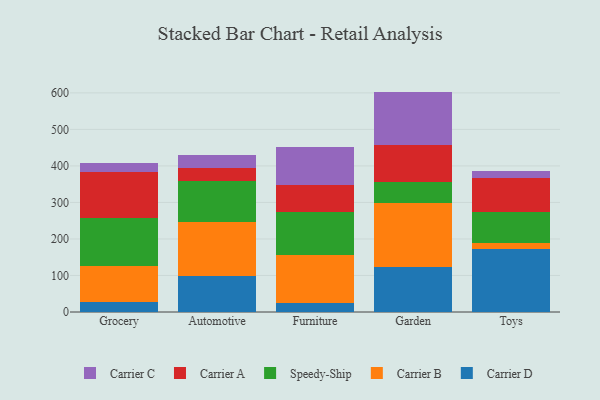
{"axis": {"x": "Category", "y": "Net Income (USD K)"}, "legend": ["Carrier A", "Carrier B", "Carrier C", "Carrier D", "Speedy-Ship"], "data": [{"x": "Grocery", "y": 27.1, "type": "Carrier D"}, {"x": "Grocery", "y": 100.2, "type": "Carrier B"}, {"x": "Grocery", "y": 129.0, "type": "Speedy-Ship"}, {"x": "Grocery", "y": 128.2, "type": "Carrier A"}, {"x": "Grocery", "y": 22.5, "type": "Carrier C"}, {"x": "Automotive", "y": 98.6, "type": "Carrier D"}, {"x": "Automotive", "y": 149.1, "type": "Carrier B"}, {"x": "Automotive", "y": 111.4, "type": "Speedy-Ship"}, {"x": "Automotive", "y": 35.2, "type": "Carrier A"}, {"x": "Automotive", "y": 34.4, "type": "Carrier C"}, {"x": "Furniture", "y": 24.6, "type": "Carrier D"}, {"x": "Furniture", "y": 130.3, "type": "Carrier B"}, {"x": "Furniture", "y": 117.7, "type": "Speedy-Ship"}, {"x": "Furniture", "y": 75.6, "type": "Carrier A"}, {"x": "Furniture", "y": 104.3, "type": "Carrier C"}, {"x": "Garden", "y": 122.5, "type": "Carrier D"}, {"x": "Garden", "y": 176.0, "type": "Carrier B"}, {"x": "Garden", "y": 58.2, "type": "Speedy-Ship"}, {"x": "Garden", "y": 100.3, "type": "Carrier A"}, {"x": "Garden", "y": 146.5, "type": "Carrier C"}, {"x": "Toys", "y": 173.2, "type": "Carrier D"}, {"x": "Toys", "y": 14.5, "type": "Carrier B"}, {"x": "Toys", "y": 86.8, "type": "Speedy-Ship"}, {"x": "Toys", "y": 91.1, "type": "Carrier A"}, {"x": "Toys", "y": 21.8, "type": "Carrier C"}]}